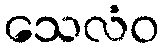
သေလံဝ